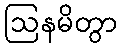
ဩနမိတွာ